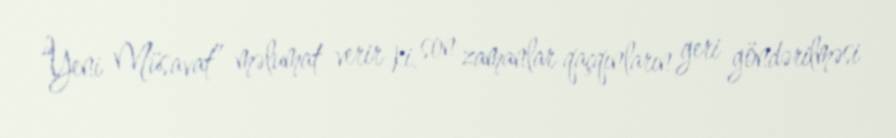
“Yeni Müsavat” məlumat verir ki, son zamanlar qaçqınların geri göndərilməsi